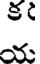
క